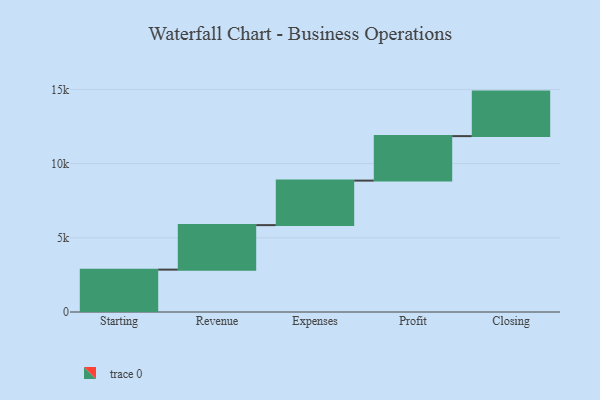
{"axis": {"x": "Step", "y": "Value"}, "legend": [""], "data": [{"x": "Starting", "y": 2856.0, "type": ""}, {"x": "Revenue", "y": 3000, "type": ""}, {"x": "Expenses", "y": 3000, "type": ""}, {"x": "Profit", "y": 3000, "type": ""}, {"x": "Closing", "y": 3000, "type": ""}]}